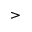
>